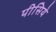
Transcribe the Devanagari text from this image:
पीसिये